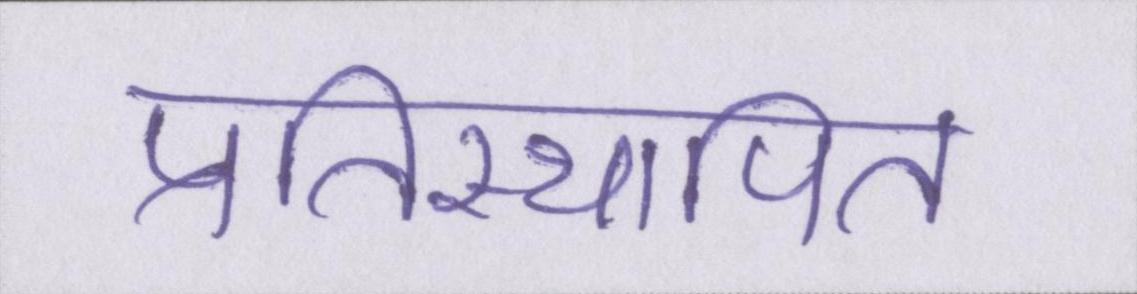
प्रतिस्थापित